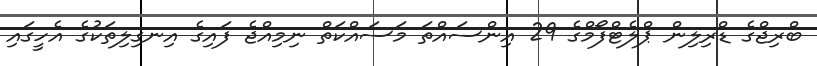
ބްރިޖްގެ ޑްރިލިން ޕްލެޓްފޯމްގެ 29 އިންސައްތަ މަސައްކަތް ނިމިއްޖެ ފައިގެ އިނގިލިތަކުގެ އެހީގައި